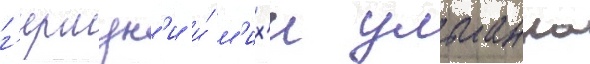
г'ершун'и и́ м'их'и ульманна